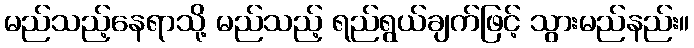
မည်သည့်နေရာသို့ မည်သည့် ရည်ရွယ်ချက်ဖြင့် သွားမည်နည်း။